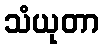
သံယုတာ